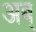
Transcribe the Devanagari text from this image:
अब्